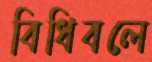
বিধিবলে